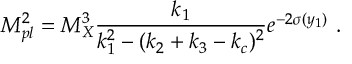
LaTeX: M _ { p l } ^ { 2 } = { M _ { X } ^ { 3 } } { \frac { k _ { 1 } } { \displaystyle { k _ { 1 } ^ { 2 } - ( k _ { 2 } + k _ { 3 } - k _ { c } ) ^ { 2 } } } } e ^ { - 2 \sigma ( y _ { 1 } ) } ~ . ~ \,